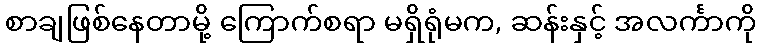
စာချဖြစ်နေတာမို့ ကြောက်စရာ မရှိရုံမက, ဆန်းနှင့် အလင်္ကာကို